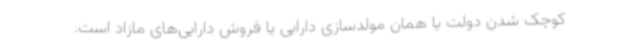
کوچک شدن دولت یا همان مولدسازی دارایی یا فروش دارایی‌های مازاد است.